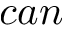
c a n